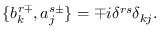
\{ b _ { k } ^ { r \mp } , a _ { j } ^ { s \pm } \} = \mp i \delta ^ { r s } \delta _ { k j } .